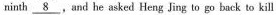
ninth \underline{8} , and he asked Heng Jing to go back to kill